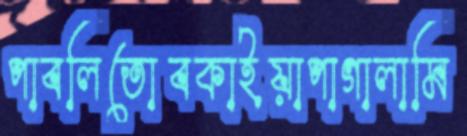
পাবলিতোবকাইয়াপাগালামি